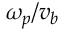
\omega _ { p } / v _ { b }